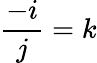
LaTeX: {\frac{-i}{j}}=k